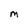
Character: M